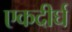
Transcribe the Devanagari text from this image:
एकदीर्घ